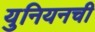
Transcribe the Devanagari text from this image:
युनियनची